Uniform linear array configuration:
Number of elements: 4
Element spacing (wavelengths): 0.25
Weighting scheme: exponential
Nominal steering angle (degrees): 30
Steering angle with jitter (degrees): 31.656
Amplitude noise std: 0.05
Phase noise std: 0.05

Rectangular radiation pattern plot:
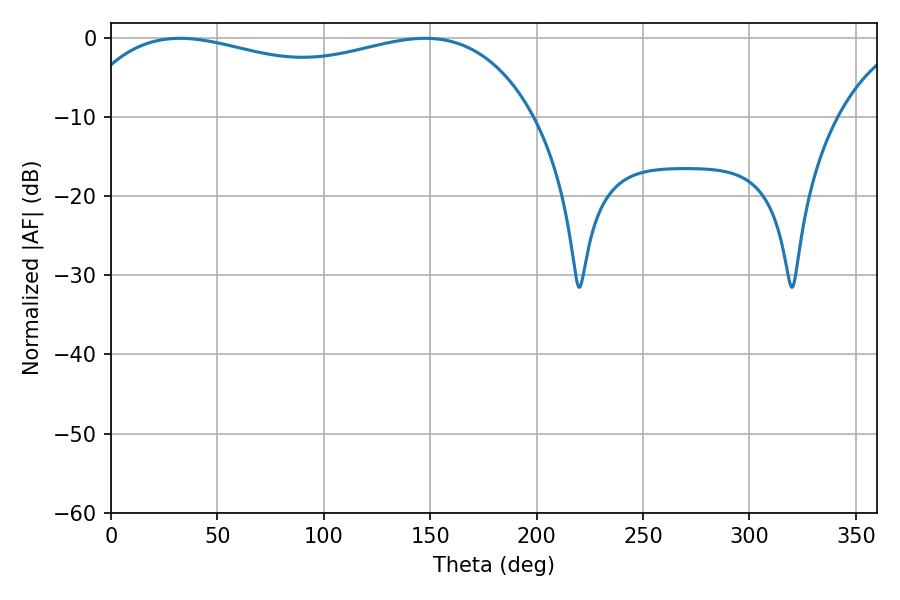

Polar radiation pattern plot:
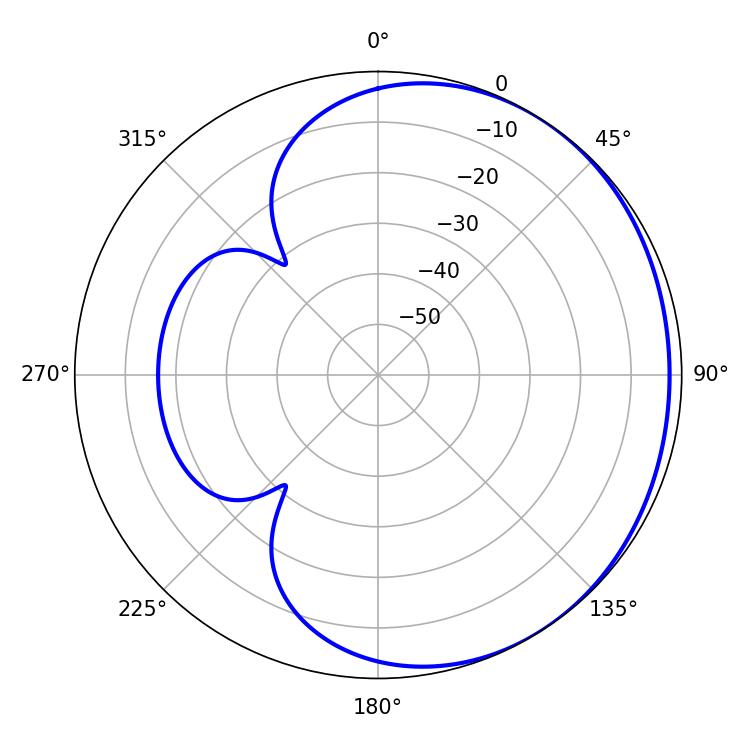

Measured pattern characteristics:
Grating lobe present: FALSE
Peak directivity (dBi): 1.31
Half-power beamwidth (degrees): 176.76
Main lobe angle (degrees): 32.4